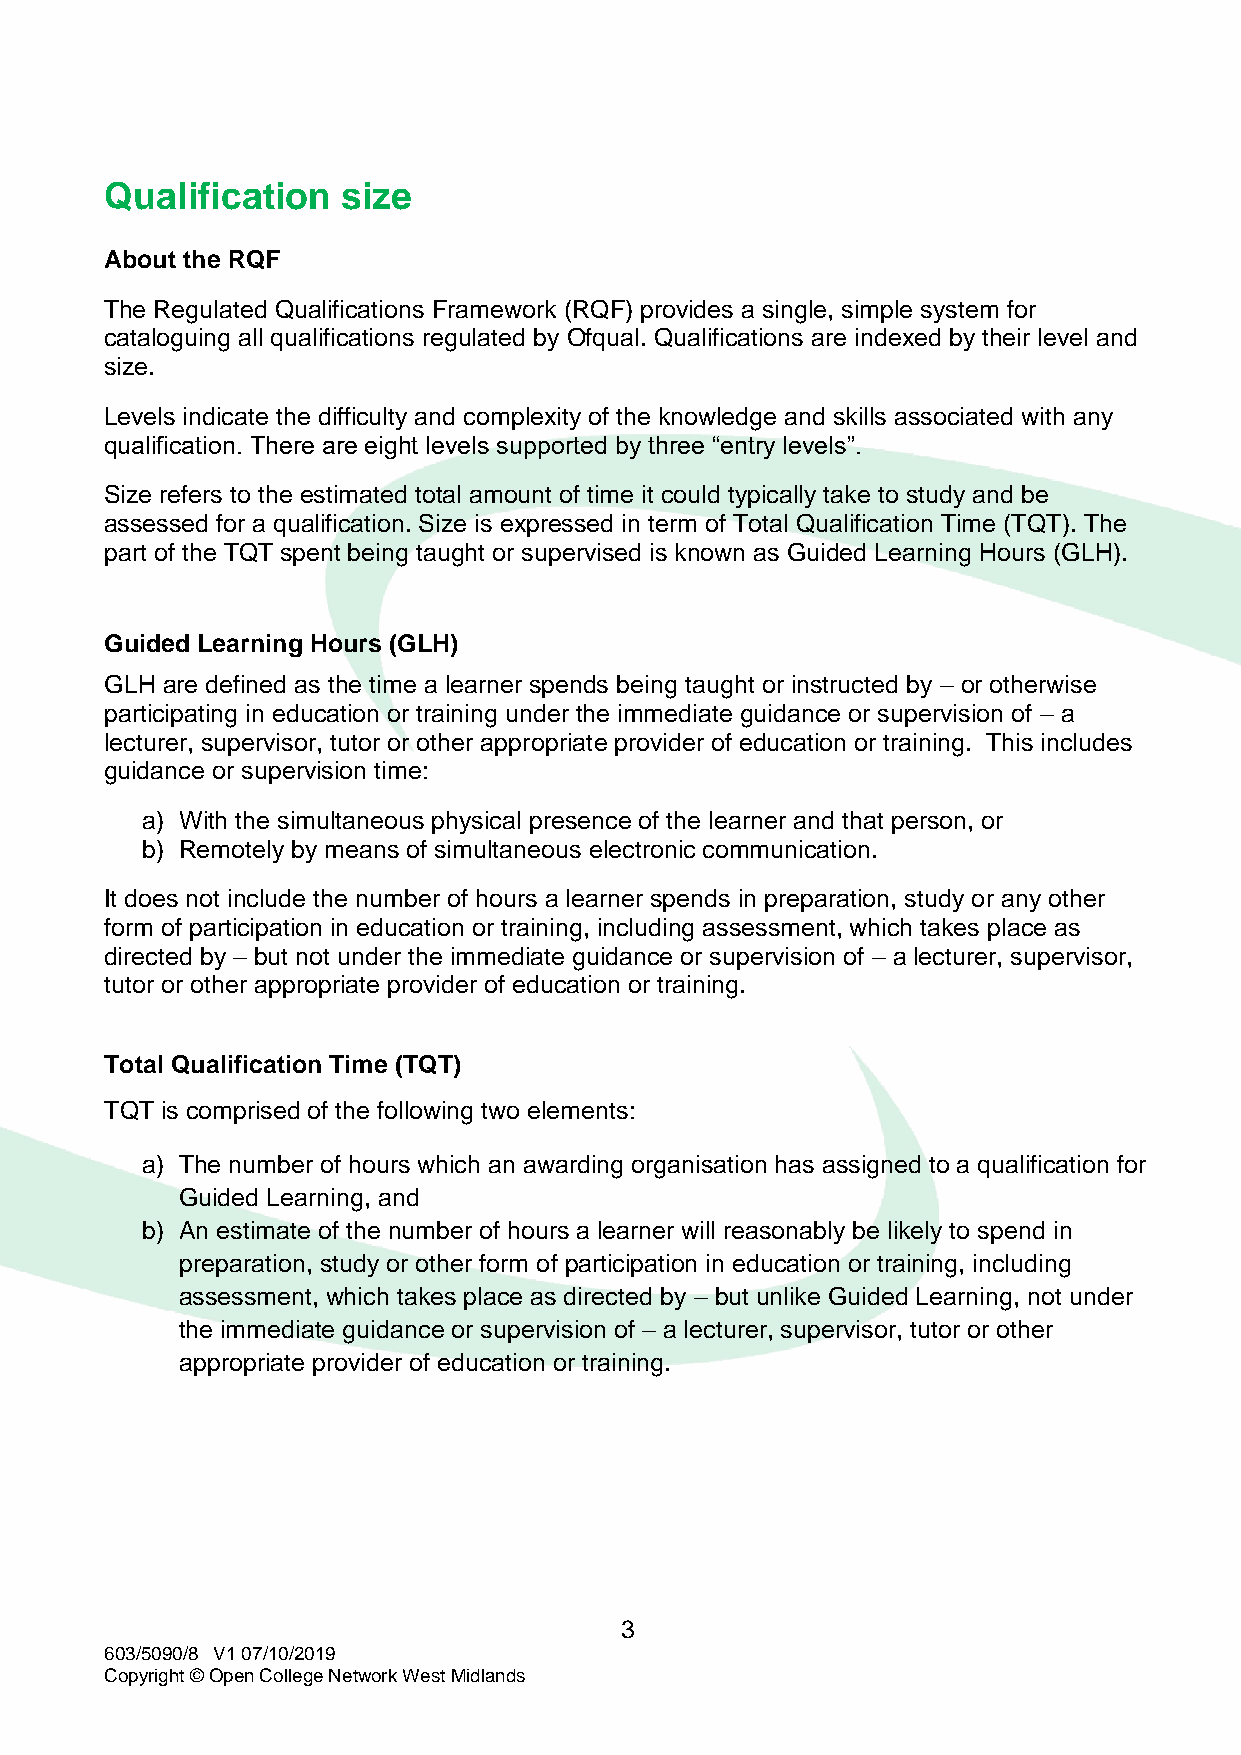
Qualification   size
 About the RQF
 The Regulated Qualifications Framework (RQF) provides a single, simple system for
 cataloguing all qualifications regulated by Ofqual. Qualifications are indexed by their level and
 size.
 Levels indicate the difficulty and complexity of the knowledge and skills associated with any
 qualification. There are eight levels supported by three “entry levels”.
 Size refers to the estimated total amount of time it could typically take to study and be
 assessed for a qualification. Size is expressed in term of Total Qualification Time (TQT). The
 part of the TQT spent being taught or supervised is known as Guided Learning Hours (GLH).
 Guided Learning Hours (GLH)
 GLH are defined as the time a learner spends being taught or instructed by – or otherwise
 participating in education or training under the immediate guidance or supervision of – a
 lecturer, supervisor, tutor or other appropriate provider of education or training. This includes
 guidance or supervision time:
 a) With the simultaneous physical presence of the learner and that person, or
 b) Remotely by means of simultaneous electronic communication.
 It does not include the number of hours a learner spends in preparation, study or any other
 form of participation in education or training, including assessment, which takes place as
 directed by – but not under the immediate guidance or supervision of – a lecturer, supervisor,
 tutor or other appropriate provider of education or training.
 Total Qualification Time (TQT)
 TQT is comprised of the following two elements:
 a) The number of hours which an awarding organisation has assigned to a qualification for
 Guided Learning, and
 b) An estimate of the number of hours a learner will reasonably be likely to spend in
 preparation, study or other form of participation in education or training, including
 assessment, which takes place as directed by – but unlike Guided Learning, not under
 the immediate guidance or supervision of – a lecturer, supervisor, tutor or other
 appropriate provider of education or training.
 3
 603/5090/8 V1 07/10/2019
 Copyright © Open College Network West Midlands